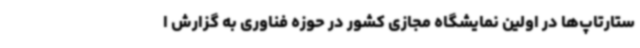
ستارتاپ‌ها در اولین نمایشگاه مجازی کشور در حوزه فناوری به گزارش ا